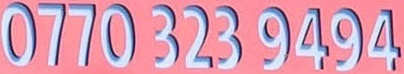
0770 323 9494